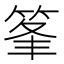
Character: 𥭗